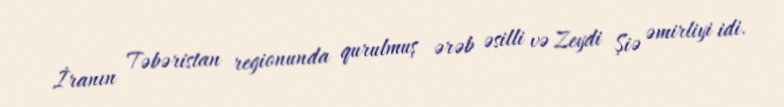
İranın Təbəristan regionunda qurulmuş ərəb əsilli və Zeydi Şiə əmirliyi idi.